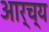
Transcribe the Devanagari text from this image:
आर्च्य